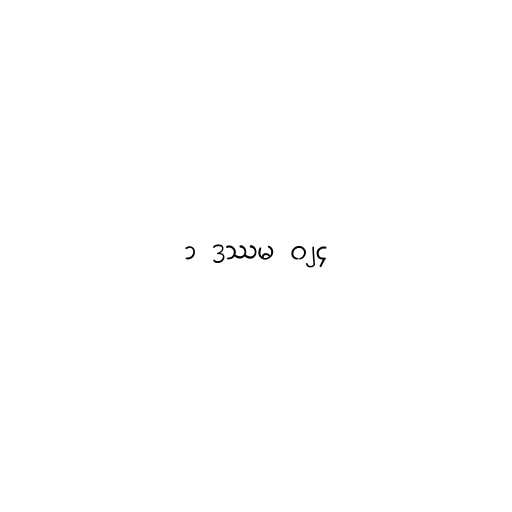
၁ ဒဿမ ၀၂၄